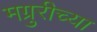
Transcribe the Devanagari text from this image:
मग्रुरीच्या